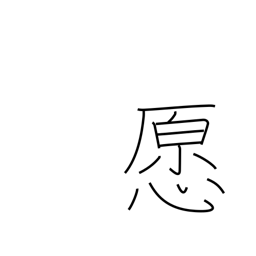
Meaning: honest